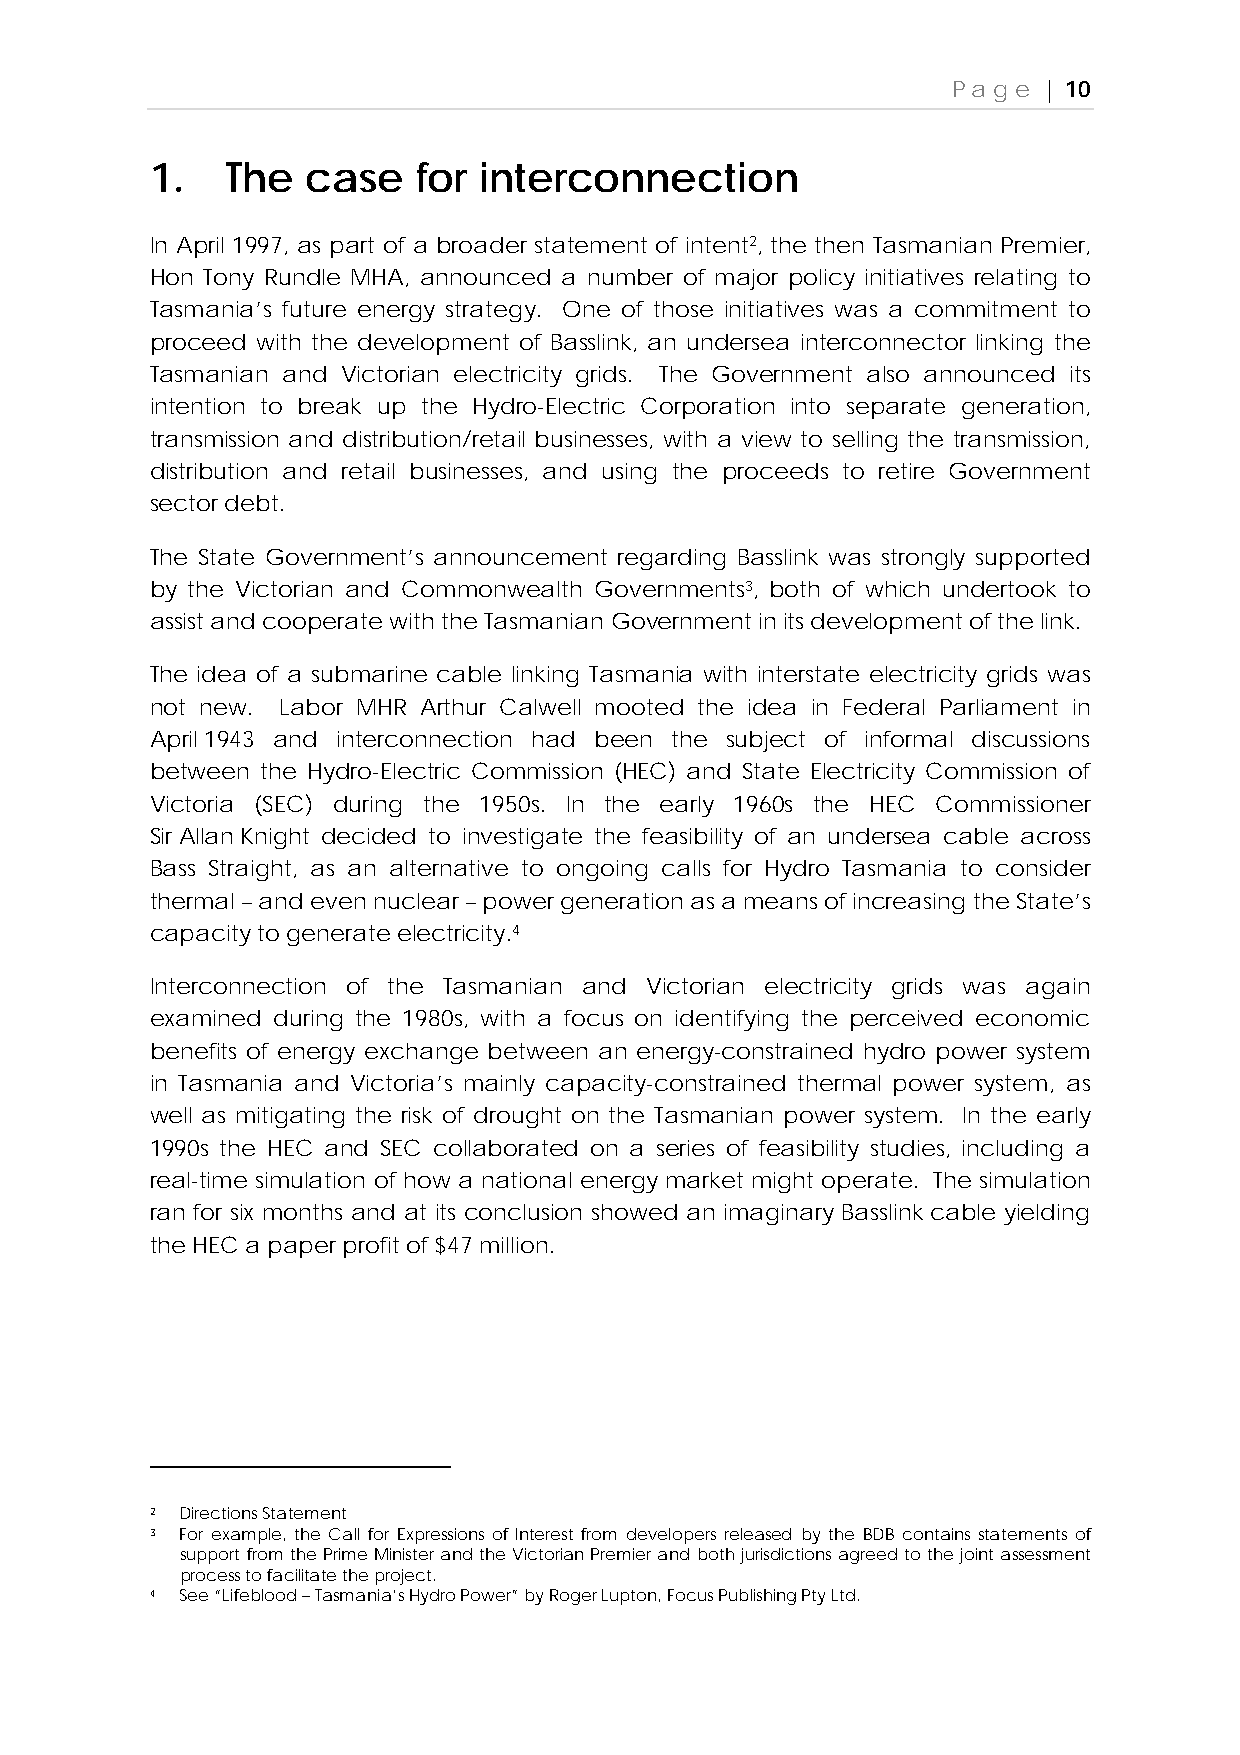
Page  | 10
 1.   The  case    for interconnection
 In April 1997, as part of a broader statement of intent2, the then Tasmanian Premier,
 Hon Tony Rundle MHA, announced a number of major policy initiatives relating to
 Tasmania’s future energy strategy. One of those initiatives was a commitment to
 proceed with the development of Basslink, an undersea interconnector linking the
 Tasmanian and Victorian electricity grids. The Government also announced its
 intention to break up the Hydro-Electric Corporation into separate generation,
 transmission and distribution/retail businesses, with a view to selling the transmission,
 distribution and retail businesses, and using the proceeds to retire Government
 sector debt.
 The State Government’s announcement regarding Basslink was strongly supported
 by the Victorian and Commonwealth Governments3, both of which undertook to
 assist and cooperate with the Tasmanian Government in its development of the link.
 The idea of a submarine cable linking Tasmania with interstate electricity grids was
 not new. Labor MHR Arthur Calwell mooted the idea in Federal Parliament in
 April 1943 and interconnection had been the subject of informal discussions
 between the Hydro-Electric Commission (HEC) and State Electricity Commission of
 Victoria (SEC) during the 1950s. In the early 1960s the HEC Commissioner
 Sir Allan Knight decided to investigate the feasibility of an undersea cable across
 Bass Straight, as an alternative to ongoing calls for Hydro Tasmania to consider
 thermal – and even nuclear – power generation as a means of increasing the State’s
 capacity to generate electricity.4
 Interconnection of the Tasmanian and Victorian electricity grids was again
 examined during the 1980s, with a focus on identifying the perceived economic
 benefits of energy exchange between an energy-constrained hydro power system
 in Tasmania and Victoria’s mainly capacity-constrained thermal power system, as
 well as mitigating the risk of drought on the Tasmanian power system. In the early
 1990s the HEC and SEC collaborated on a series of feasibility studies, including a
 real-time simulation of how a national energy market might operate. The simulation
 ran for six months and at its conclusion showed an imaginary Basslink cable yielding
 the HEC a paper profit of $47 million.
 2 Directions Statement
 3 For example, the Call for Expressions of Interest from developers released by the BDB contains statements of
 support from the Prime Minister and the Victorian Premier and both jurisdictions agreed to the joint assessment
 process to facilitate the project.
 4 See “Lifeblood – Tasmania’s Hydro Power” by Roger Lupton, Focus Publishing Pty Ltd.